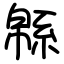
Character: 緜